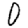
Digit: 0